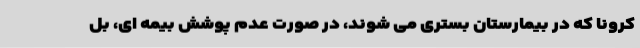
کرونا که در بیمارستان بستری می شوند، در صورت عدم پوشش بیمه ای، بل